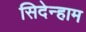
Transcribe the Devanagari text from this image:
सिदेन्हाम